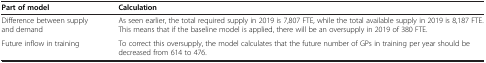
<table><thead><tr><td><b>Part of model</b></td><td><b>Calculation</b></td></tr></thead><tbody><tr><td>Difference between supply and demand</td><td>As seen earlier, the total required supply in 2019 is 7,807 FTE, while the total available supply in 2019 is 8,187 FTE. This means that if the baseline model is applied, there will be an oversupply in 2019 of 380 FTE.</td></tr><tr><td>Future inflow in training</td><td>To correct this oversupply, the model calculates that the future number of GPs in training per year should be decreased from 614 to 476.</td></tr></tbody></table>